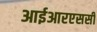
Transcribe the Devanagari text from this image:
आईआरएससी